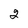
Character: 2